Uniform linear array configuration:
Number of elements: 4
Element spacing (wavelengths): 1
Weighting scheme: kaiser
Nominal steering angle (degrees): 60
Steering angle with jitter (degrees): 61.155
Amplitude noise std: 0.05
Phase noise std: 0.05

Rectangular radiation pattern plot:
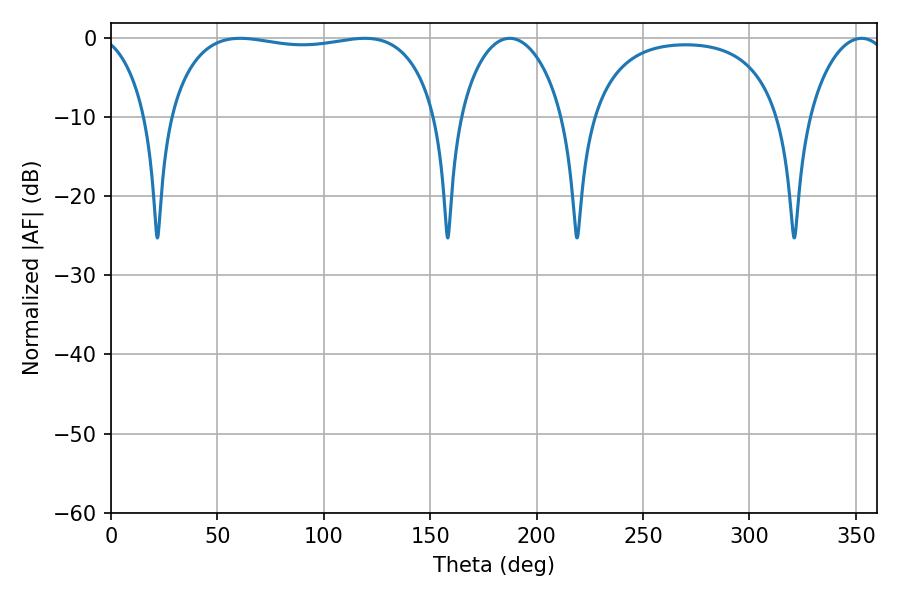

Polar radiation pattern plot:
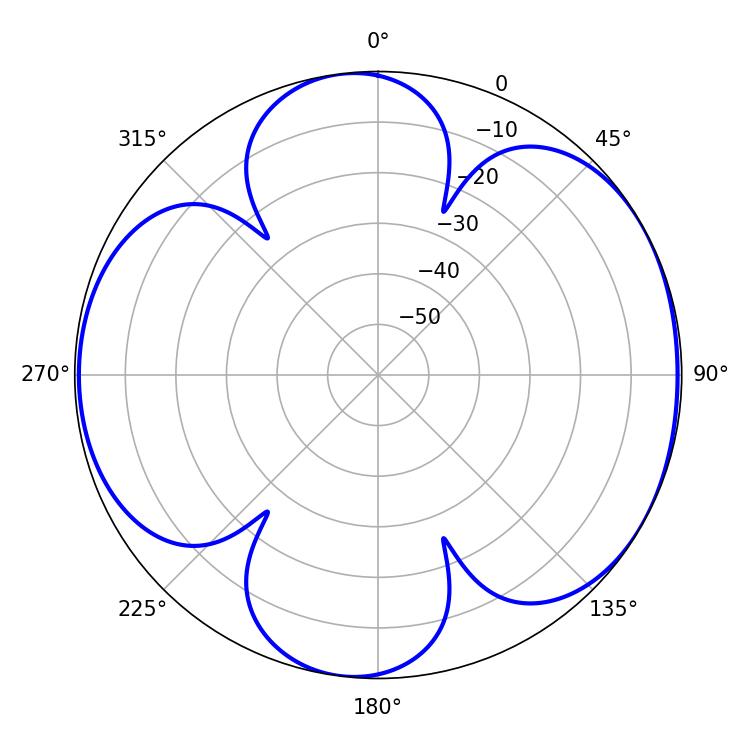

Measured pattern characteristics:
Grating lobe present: TRUE
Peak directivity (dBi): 6.04
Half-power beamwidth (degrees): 101.16
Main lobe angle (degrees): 60.66